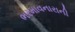
ભરમાવનારાની